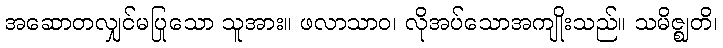
အဆောတလျှင်မပြုသော သူအား။ ဖလာသာဝ၊ လိုအပ်သောအကျိုးသည်။ သမိဇ္ဈတိ၊